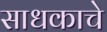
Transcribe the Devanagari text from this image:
साधकाचे